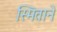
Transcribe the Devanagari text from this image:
स्मिताने